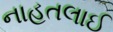
નાહતલાઈ